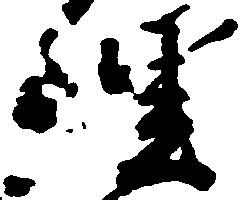
理